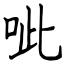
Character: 呲